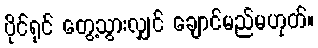
ပိုင်ရှင် တွေ့သွားလျှင် ချောင်မည်မဟုတ်။